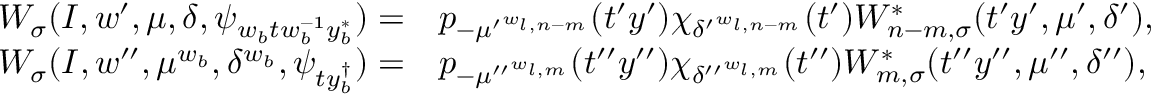
\begin{array} { r l } { W _ { \sigma } ( I , w ^ { \prime } , \mu , \delta , \psi _ { w _ { b } t w _ { b } ^ { - 1 } y _ { b } ^ { * } } ) = } & { p _ { - { \mu ^ { \prime } } ^ { w _ { l , n - m } } } ( t ^ { \prime } y ^ { \prime } ) \chi _ { { \delta ^ { \prime } } ^ { w _ { l , n - m } } } ( t ^ { \prime } ) W _ { n - m , \sigma } ^ { * } ( t ^ { \prime } y ^ { \prime } , \mu ^ { \prime } , \delta ^ { \prime } ) , } \\ { W _ { \sigma } ( I , w ^ { \prime \prime } , \mu ^ { w _ { b } } , \delta ^ { w _ { b } } , \psi _ { t y _ { b } ^ { \dagger } } ) = } & { p _ { - { \mu ^ { \prime \prime } } ^ { w _ { l , m } } } ( t ^ { \prime \prime } y ^ { \prime \prime } ) \chi _ { { \delta ^ { \prime \prime } } ^ { w _ { l , m } } } ( t ^ { \prime \prime } ) W _ { m , \sigma } ^ { * } ( t ^ { \prime \prime } y ^ { \prime \prime } , \mu ^ { \prime \prime } , \delta ^ { \prime \prime } ) , } \end{array}